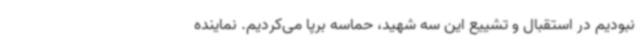
نبودیم در استقبال و تشییع این سه شهید، حماسه برپا می‌کردیم. نماینده